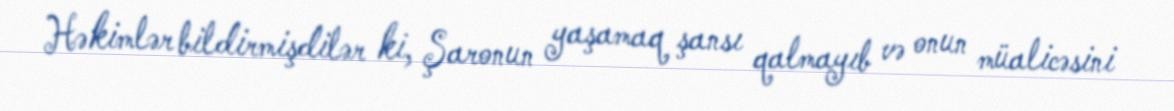
Həkimlər bildirmişdilər ki, Şaronun yaşamaq şansı qalmayıb və onun müalicəsini